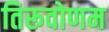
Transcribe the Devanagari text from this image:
तिरूवोणम